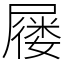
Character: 屦